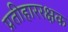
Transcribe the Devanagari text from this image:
प्रतीहाररक्षक